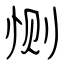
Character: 恻